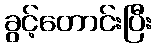
ခွင့်တောင်းပြီး